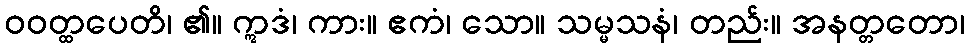
ဝဝတ္ထပေတိ၊ ၏။ ဣဒံ၊ ကား။ ဧကံ၊ သော။ သမ္မသနံ၊ တည်း။ အနတ္တတော၊